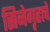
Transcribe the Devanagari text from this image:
सिनेगृहाचे